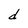
Character: d